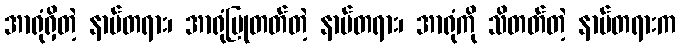
အာရုံရှိတဲ့ နာမ်တရား၊ အာရုံပြုတတ်တဲ့ နာမ်တရား၊ အာရုံကို သိတတ်တဲ့ နာမ်တရားက